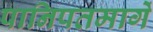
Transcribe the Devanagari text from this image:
पानिपतमार्गे